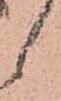
候